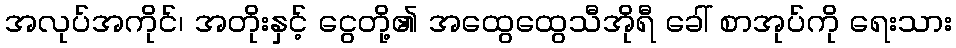
အလုပ်အကိုင်၊ အတိုးနှင့် ငွေတို့၏ အထွေထွေသီအိုရီ ခေါ် စာအုပ်ကို ရေးသား